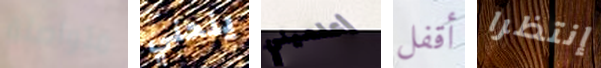
متواصلة ينحني أعلميني أقفل إنتظرا